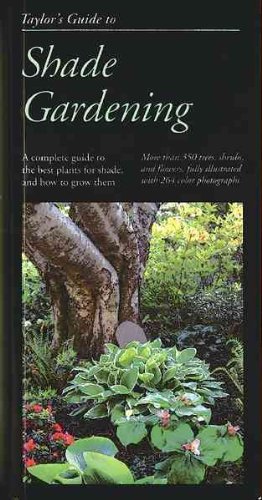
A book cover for Taylor's Guide To Shade Gardening: More Than 350 Trees, Shrubs, And Flowers; Frances (EDT) Tenenbaum; Crafts, Hobbies & Home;